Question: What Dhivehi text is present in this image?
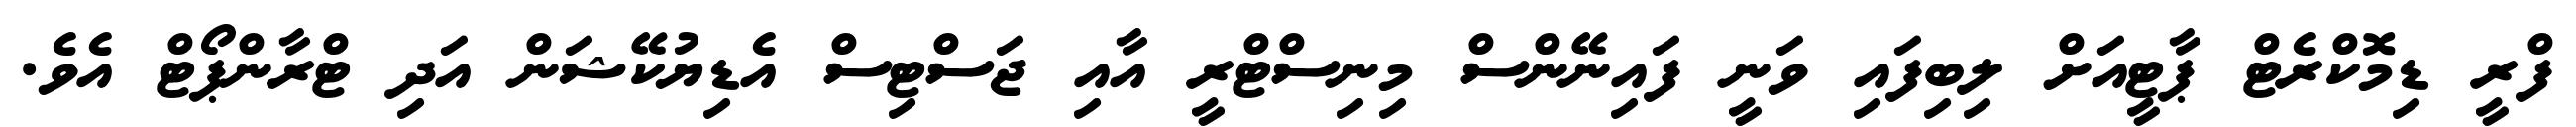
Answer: ފްރީ ޑިމޮކްރެޓް ޕާޓީއަށް ލިބިފައި ވަނީ ފައިނޭންސް މިނިސްޓްރީ އާއި ޖަސްޓިސް އެޑިޔުކޭޝަން އަދި ޓްރާންޕޯޓް އެވެ.